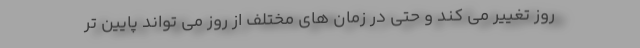
روز تغییر می کند و حتی در زمان های مختلف از روز می تواند پایین تر